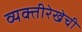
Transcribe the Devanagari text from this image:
व्यक्तीरेखेची